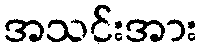
အသင်းအား